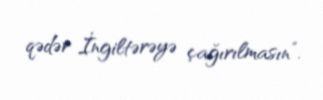
qədər İngiltərəyə çağırılmasın”.